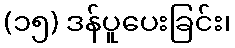
(၁၅) ဒန်ပူပေးခြင်း၊